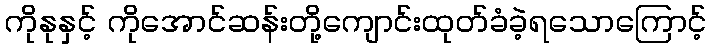
ကိုနုနှင့် ကိုအောင်ဆန်းတို့ကျောင်းထုတ်ခံခဲ့ရသောကြောင့်